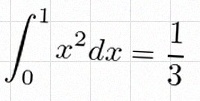
\int_0^1 x^2dx=\frac13